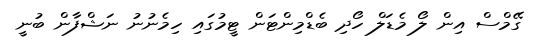
ގޭމްސް އިން ލޯ މެޑަލް ހޯދި ބެޑްމިންޓަން ޓީމުގައި ހިމެނުނު ނަޝްފާން ބުނީ